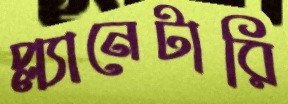
প্ল্যানেটারি